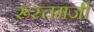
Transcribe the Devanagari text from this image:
रूस्‍तमजी